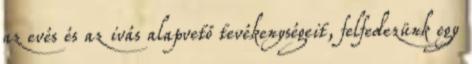
az evés és az ivás alapvető tevékenységeit, felfedezünk egy